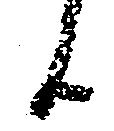
候